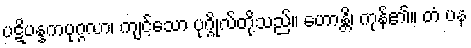
ပဋိပန္နကပုဂ္ဂလာ၊ ကျင့်သော ပုဂ္ဂိုလ်တို့သည်။ ဟောန္တိ၊ ကုန်၏။ တံ ပန